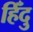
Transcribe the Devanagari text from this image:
हिँदु